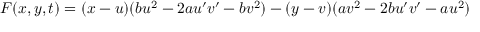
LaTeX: F ( x , y , t ) = ( x - u ) ( b u ^ { 2 } - 2 a u ^ { \prime } v ^ { \prime } - b v ^ { 2 } ) - ( y - v ) ( a v ^ { 2 } - 2 b u ^ { \prime } v ^ { \prime } - a u ^ { 2 } )